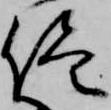
侭